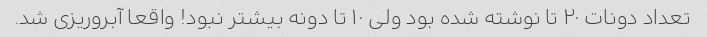
تعداد دونات ۲۰ تا نوشته شده بود ولی ۱۰ تا دونه بیشتر نبود! واقعا آبروریزی شد.